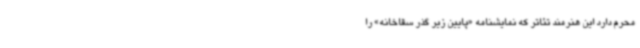
محرم دارد این هنرمند تئاتر که نمایشنامه «پایین زیر گذر سقاخانه» را